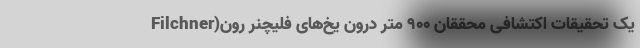
یک تحقیقات اکتشافی محققان ۹۰۰ متر درون یخ‌های فلیچنر رون(Filchner